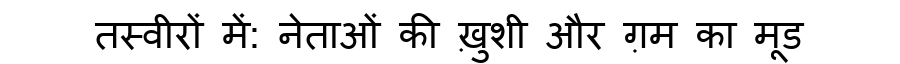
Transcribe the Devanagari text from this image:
तस्वीरों में: नेताओं की ख़ुशी और ग़म का मूड